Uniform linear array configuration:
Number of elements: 24
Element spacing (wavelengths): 0.25
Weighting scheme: cosine
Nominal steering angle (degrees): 45
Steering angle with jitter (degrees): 43.964
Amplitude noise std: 0.05
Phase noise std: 0.05

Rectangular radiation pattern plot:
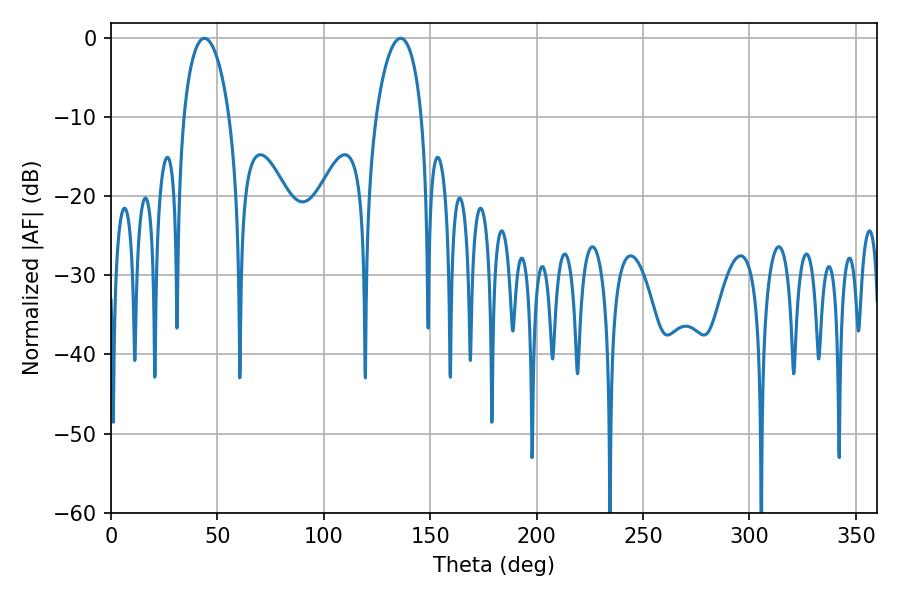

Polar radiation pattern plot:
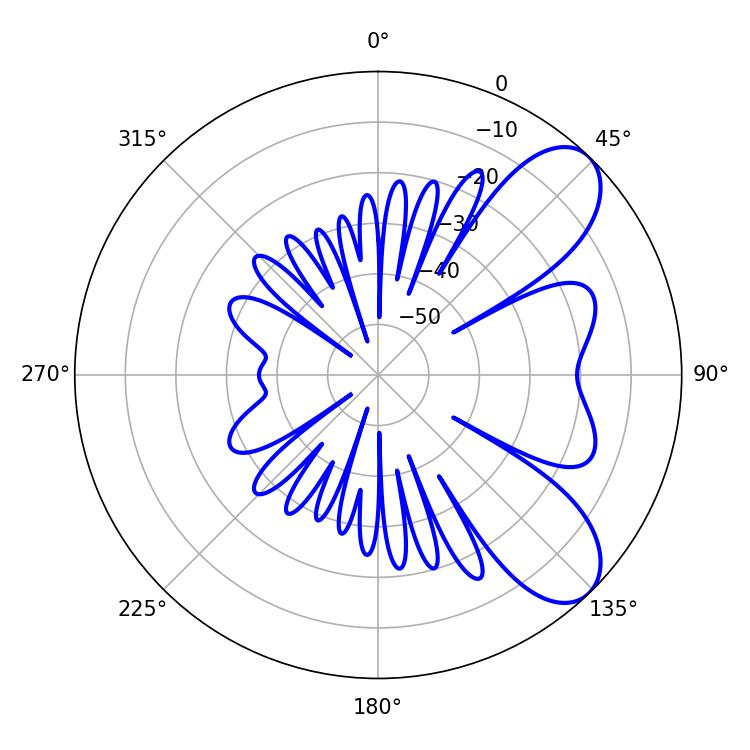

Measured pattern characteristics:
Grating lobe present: FALSE
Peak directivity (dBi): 7.819
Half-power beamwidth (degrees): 12.24
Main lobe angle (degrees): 43.92